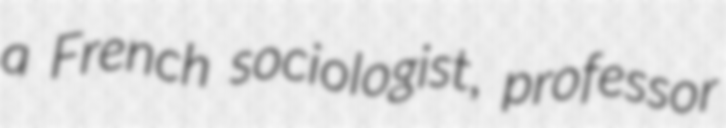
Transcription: a French sociologist, professor